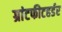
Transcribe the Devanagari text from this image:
ग्रांटफीटहर्डर